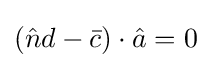
({\hat {n}}d-{\bar {c}})\cdot {\hat {a}}=0